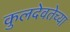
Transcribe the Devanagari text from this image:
कुलदेवतेच्या